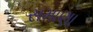
સમાણા